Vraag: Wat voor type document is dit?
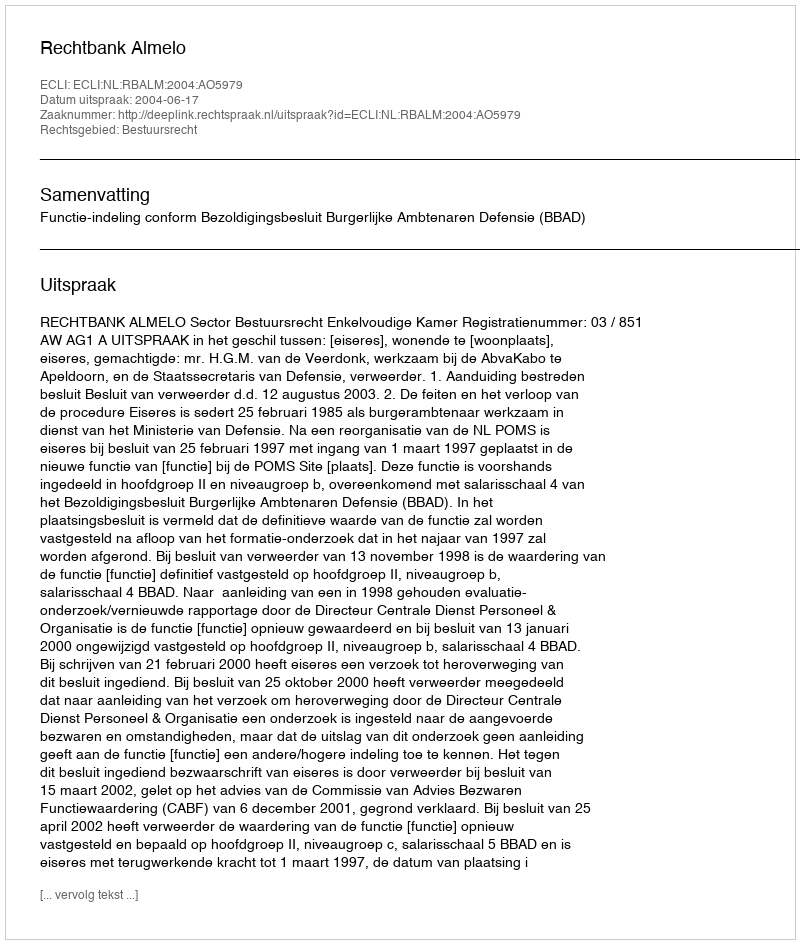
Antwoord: Uitspraak